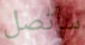
سأتصل